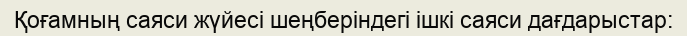
Қоғамның саяси жүйесі шеңберіндегі ішкі саяси дағдарыстар: